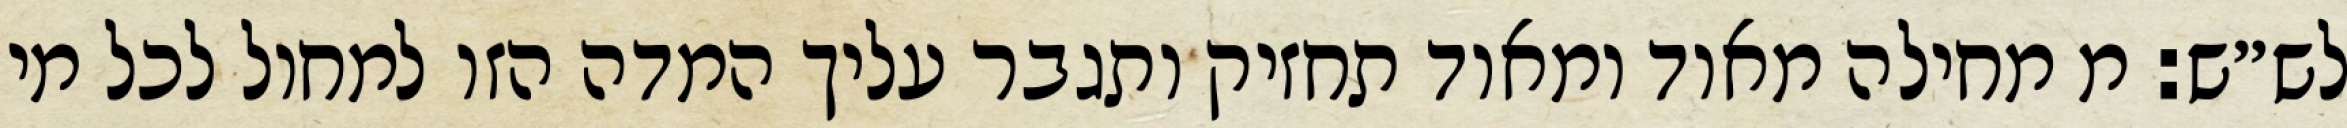
לש״ש: מ מחילה מאוד ומאוד תחזיק ותגבר עליך המדה הזו למחול לכל מי